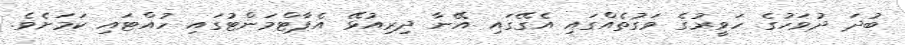
ބުދަ ދުވަހުގެ ހަވީރުގެ ވަގުތެއްގައި އެގޭގައި އޭނާ ދިރިއުޅޭ އެޕާޓްމަންޓުގައި ހުއްޓައި ކަމަށެވެ.